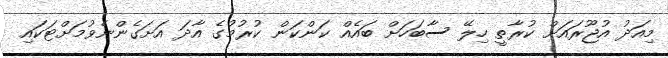
މިއަދު އުޖޫރައަށް ކުރާތީ ހިލޭ ސާބަހަށް ބައެެއް ކަންކަން ކުރުމުގެ އާދަ އަށަގެންނެވުމަށްޓަކައި